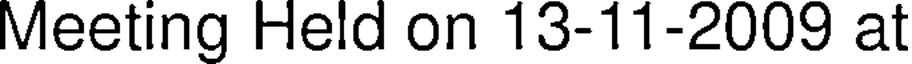
Meeting Held on 13-11-2009 at